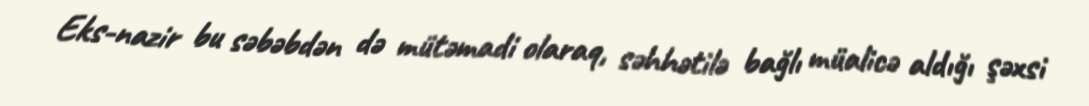
Eks-nazir bu səbəbdən də mütəmadi olaraq, səhhətilə bağlı müalicə aldığı şəxsi